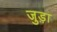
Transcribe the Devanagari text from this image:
जुड़़ा